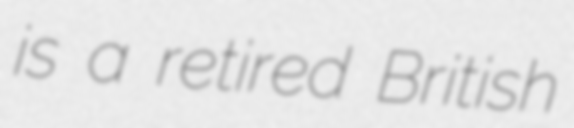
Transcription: is a retired British